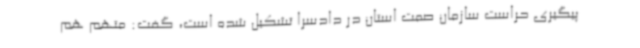
پیگیری حراست سازمان صمت استان در دادسرا تشکیل شده است، گفت: متهم هم